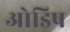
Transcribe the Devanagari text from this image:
ओडिष